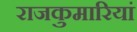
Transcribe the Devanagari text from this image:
राजकुमारियां